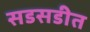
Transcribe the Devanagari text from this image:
सडसडीत